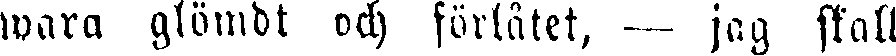
wara glömdt och förlåtet, - - jag skall